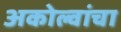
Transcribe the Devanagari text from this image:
अकोल्वांचा